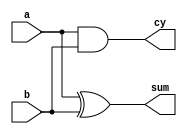
module HA(sum,cy,a,b);                 //Half Adder module

  output sum,cy;
  
  input a,b;
  
  xor (sum,a,b);                            //sum=a xor b, carry=a and b
  
  and (cy,a,b);

endmodule